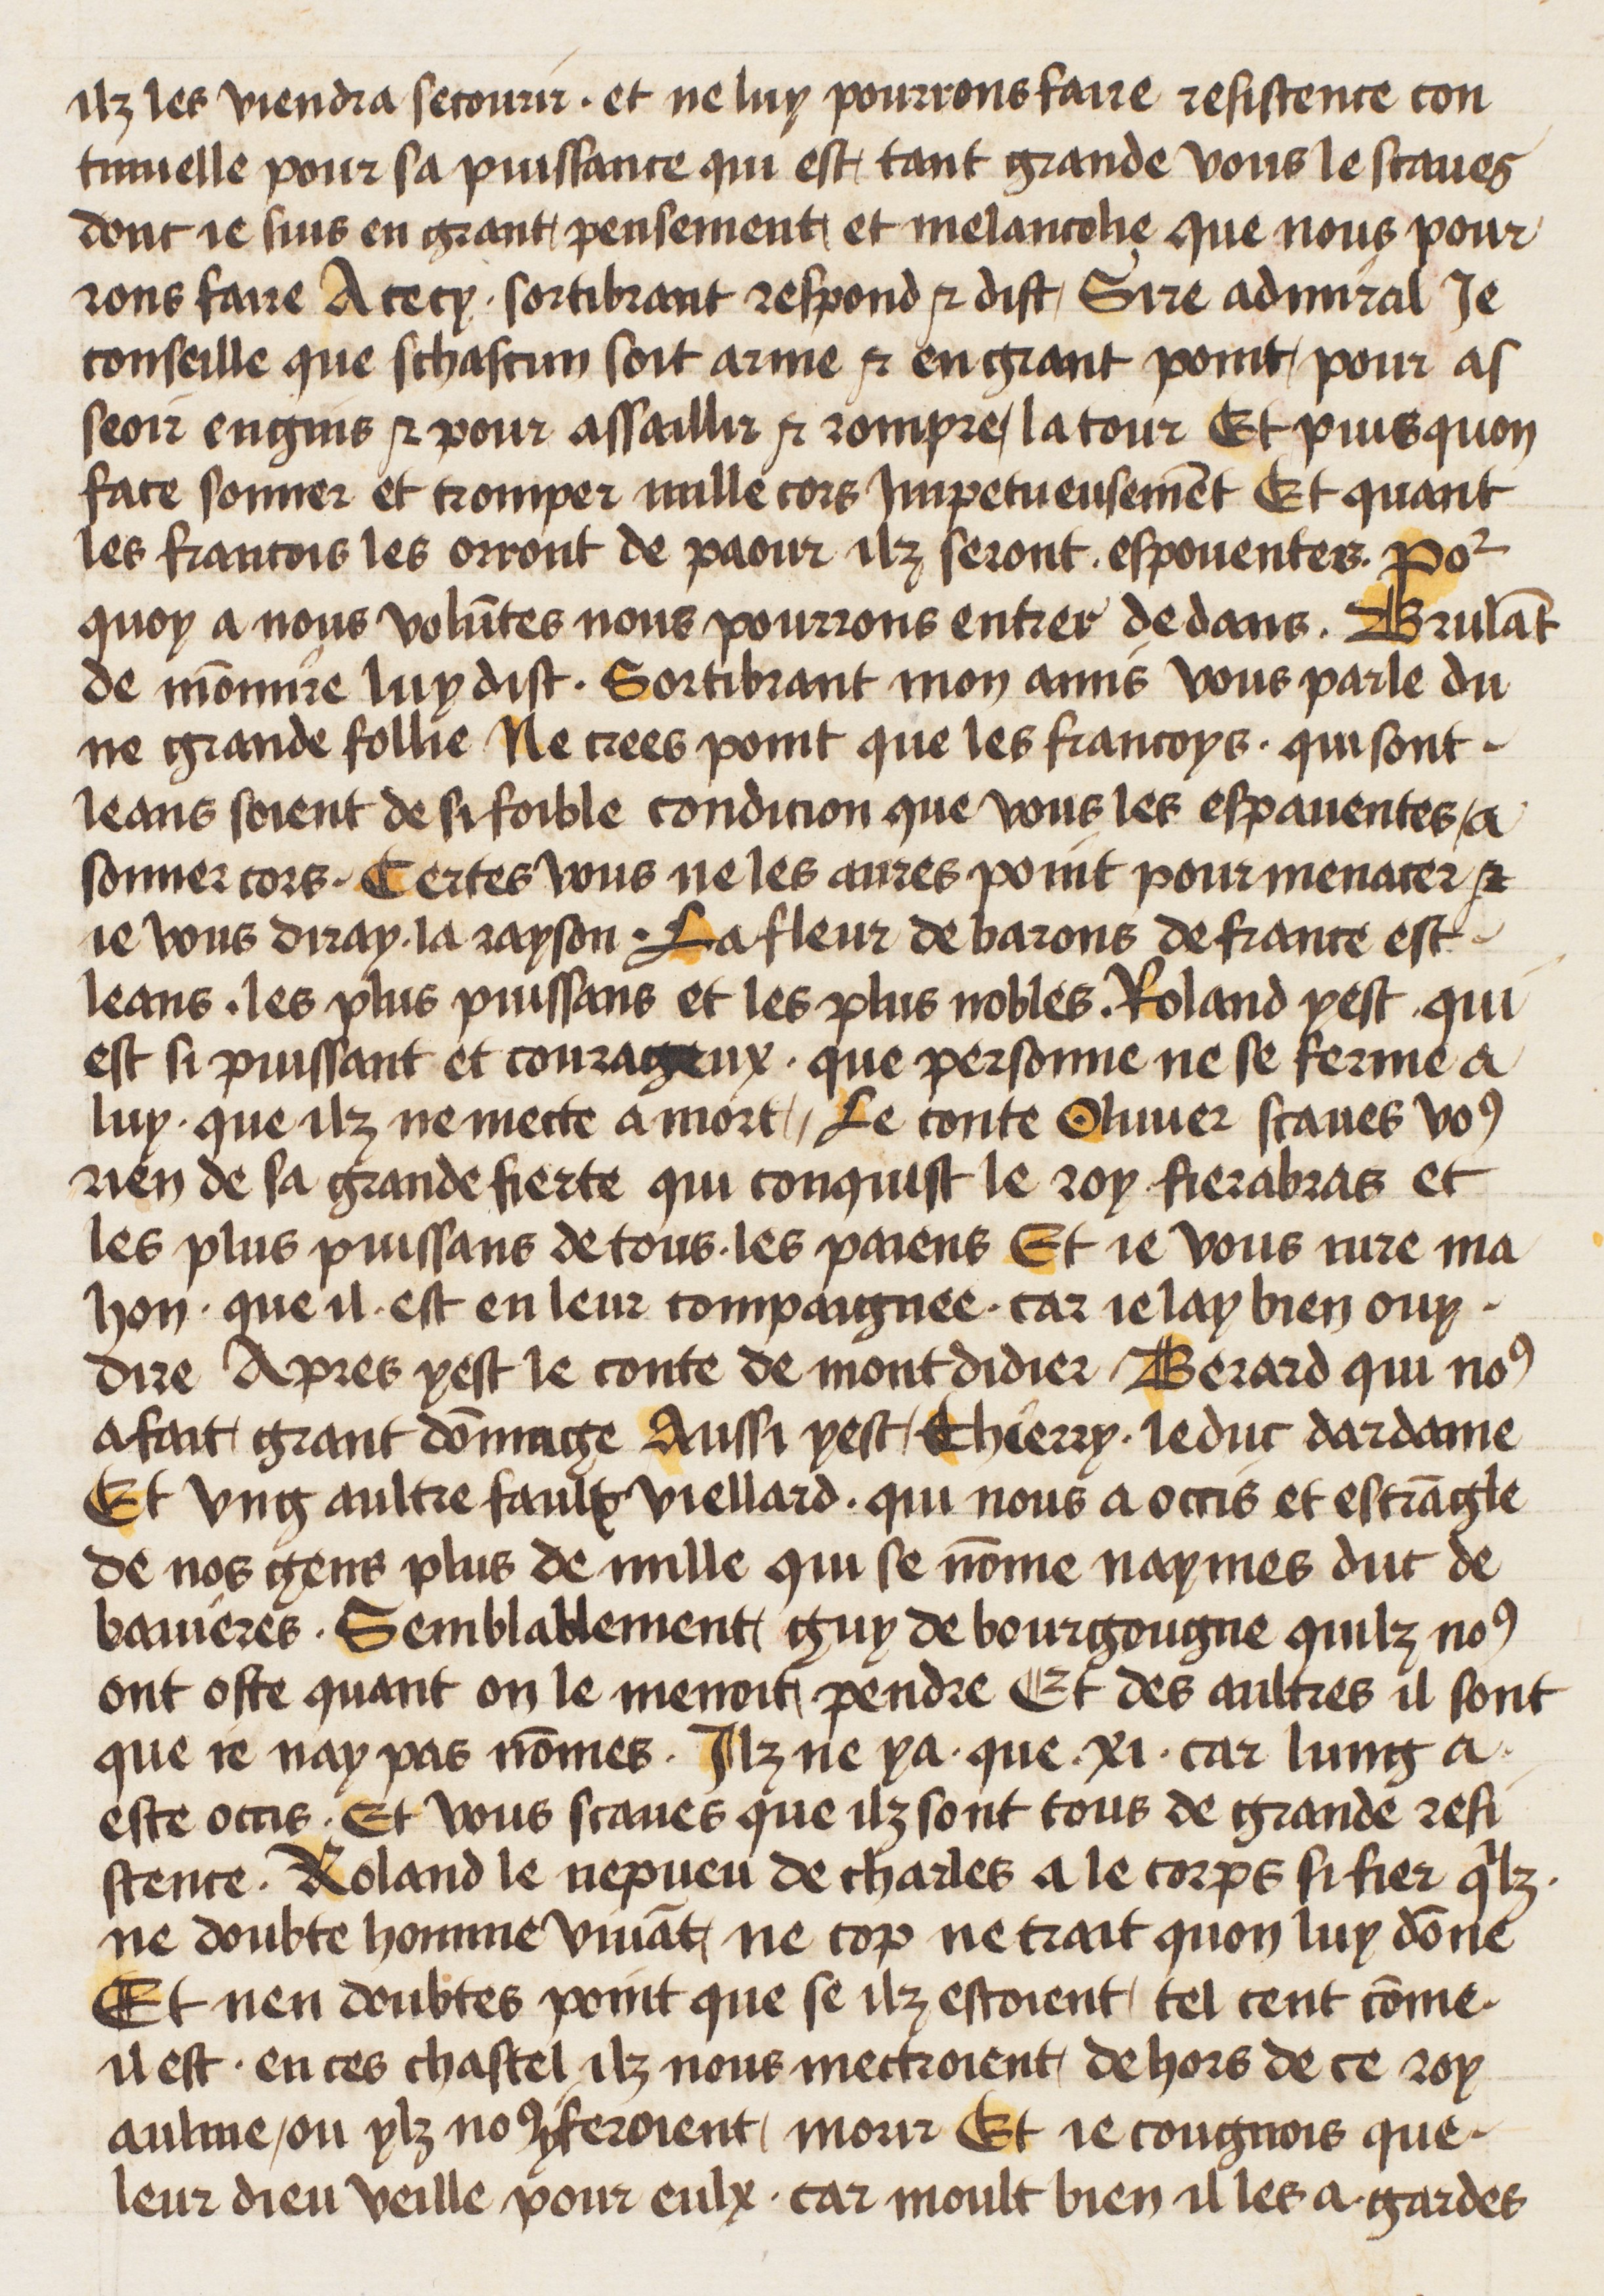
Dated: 1400–1499